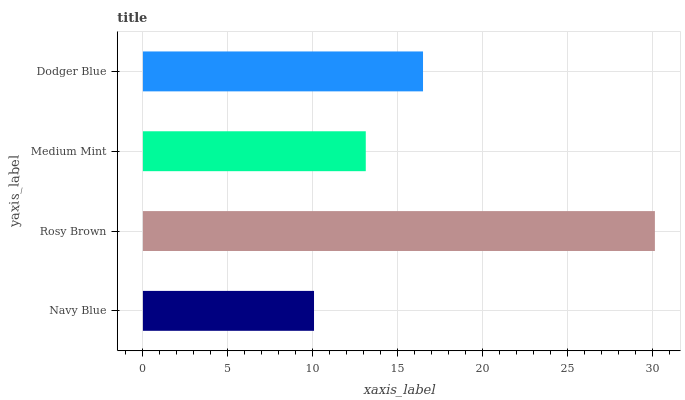
| yaxis_label | bars |
 | --- | --- |
 | Navy Blue | 10.1 |
 | Rosy Brown | 30.2 |
 | Medium Mint | 13.1 |
 | Dodger Blue | 16.5 |